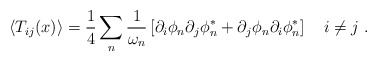
\begin{align*}\left\langle T_{ij}(x)\right\rangle =\frac{1}{4}\sum_{n}\frac{1}{\omega _{n}}\left[ \partial _{i}\phi _{n}\partial _{j}\phi _{n}^{*}+\partial _{j}\phi_{n}\partial _{i}\phi _{n}^{*}\right] \quad i\neq j\ . \end{align*}